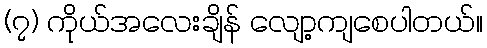
(၇) ကိုယ်အလေးချိန် လျော့ကျစေပါတယ်။